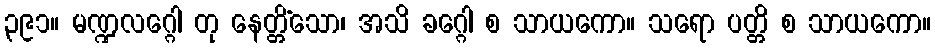
၃၉၁။ မဏ္ဍလဂ္ဂေါ တု နေတ္တိံသော၊ အသိ ခဂ္ဂေါ စ သာယကော။ သရော ပတ္တိ စ သာယကော။